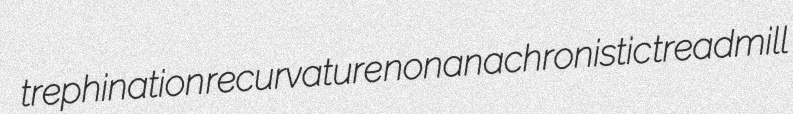
trephination recurvature nonanachronistic treadmill